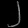
Digit: ၂